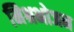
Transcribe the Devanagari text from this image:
मिश्रभोजन